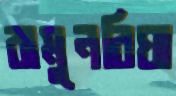
বামুনবিঘা